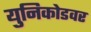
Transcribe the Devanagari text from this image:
युनिकोडवर